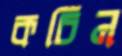
কচিন